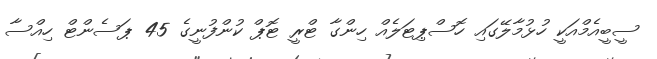
ސީބީއެމްއަކީ ހުޅުމާލޭގައި ހޮސްޕިޓަލެއް ހިންގާ ޓްރީ ޓޮޕް ކުންފުނީގެ 45 ޕަސެންޓް ހިއްސާ